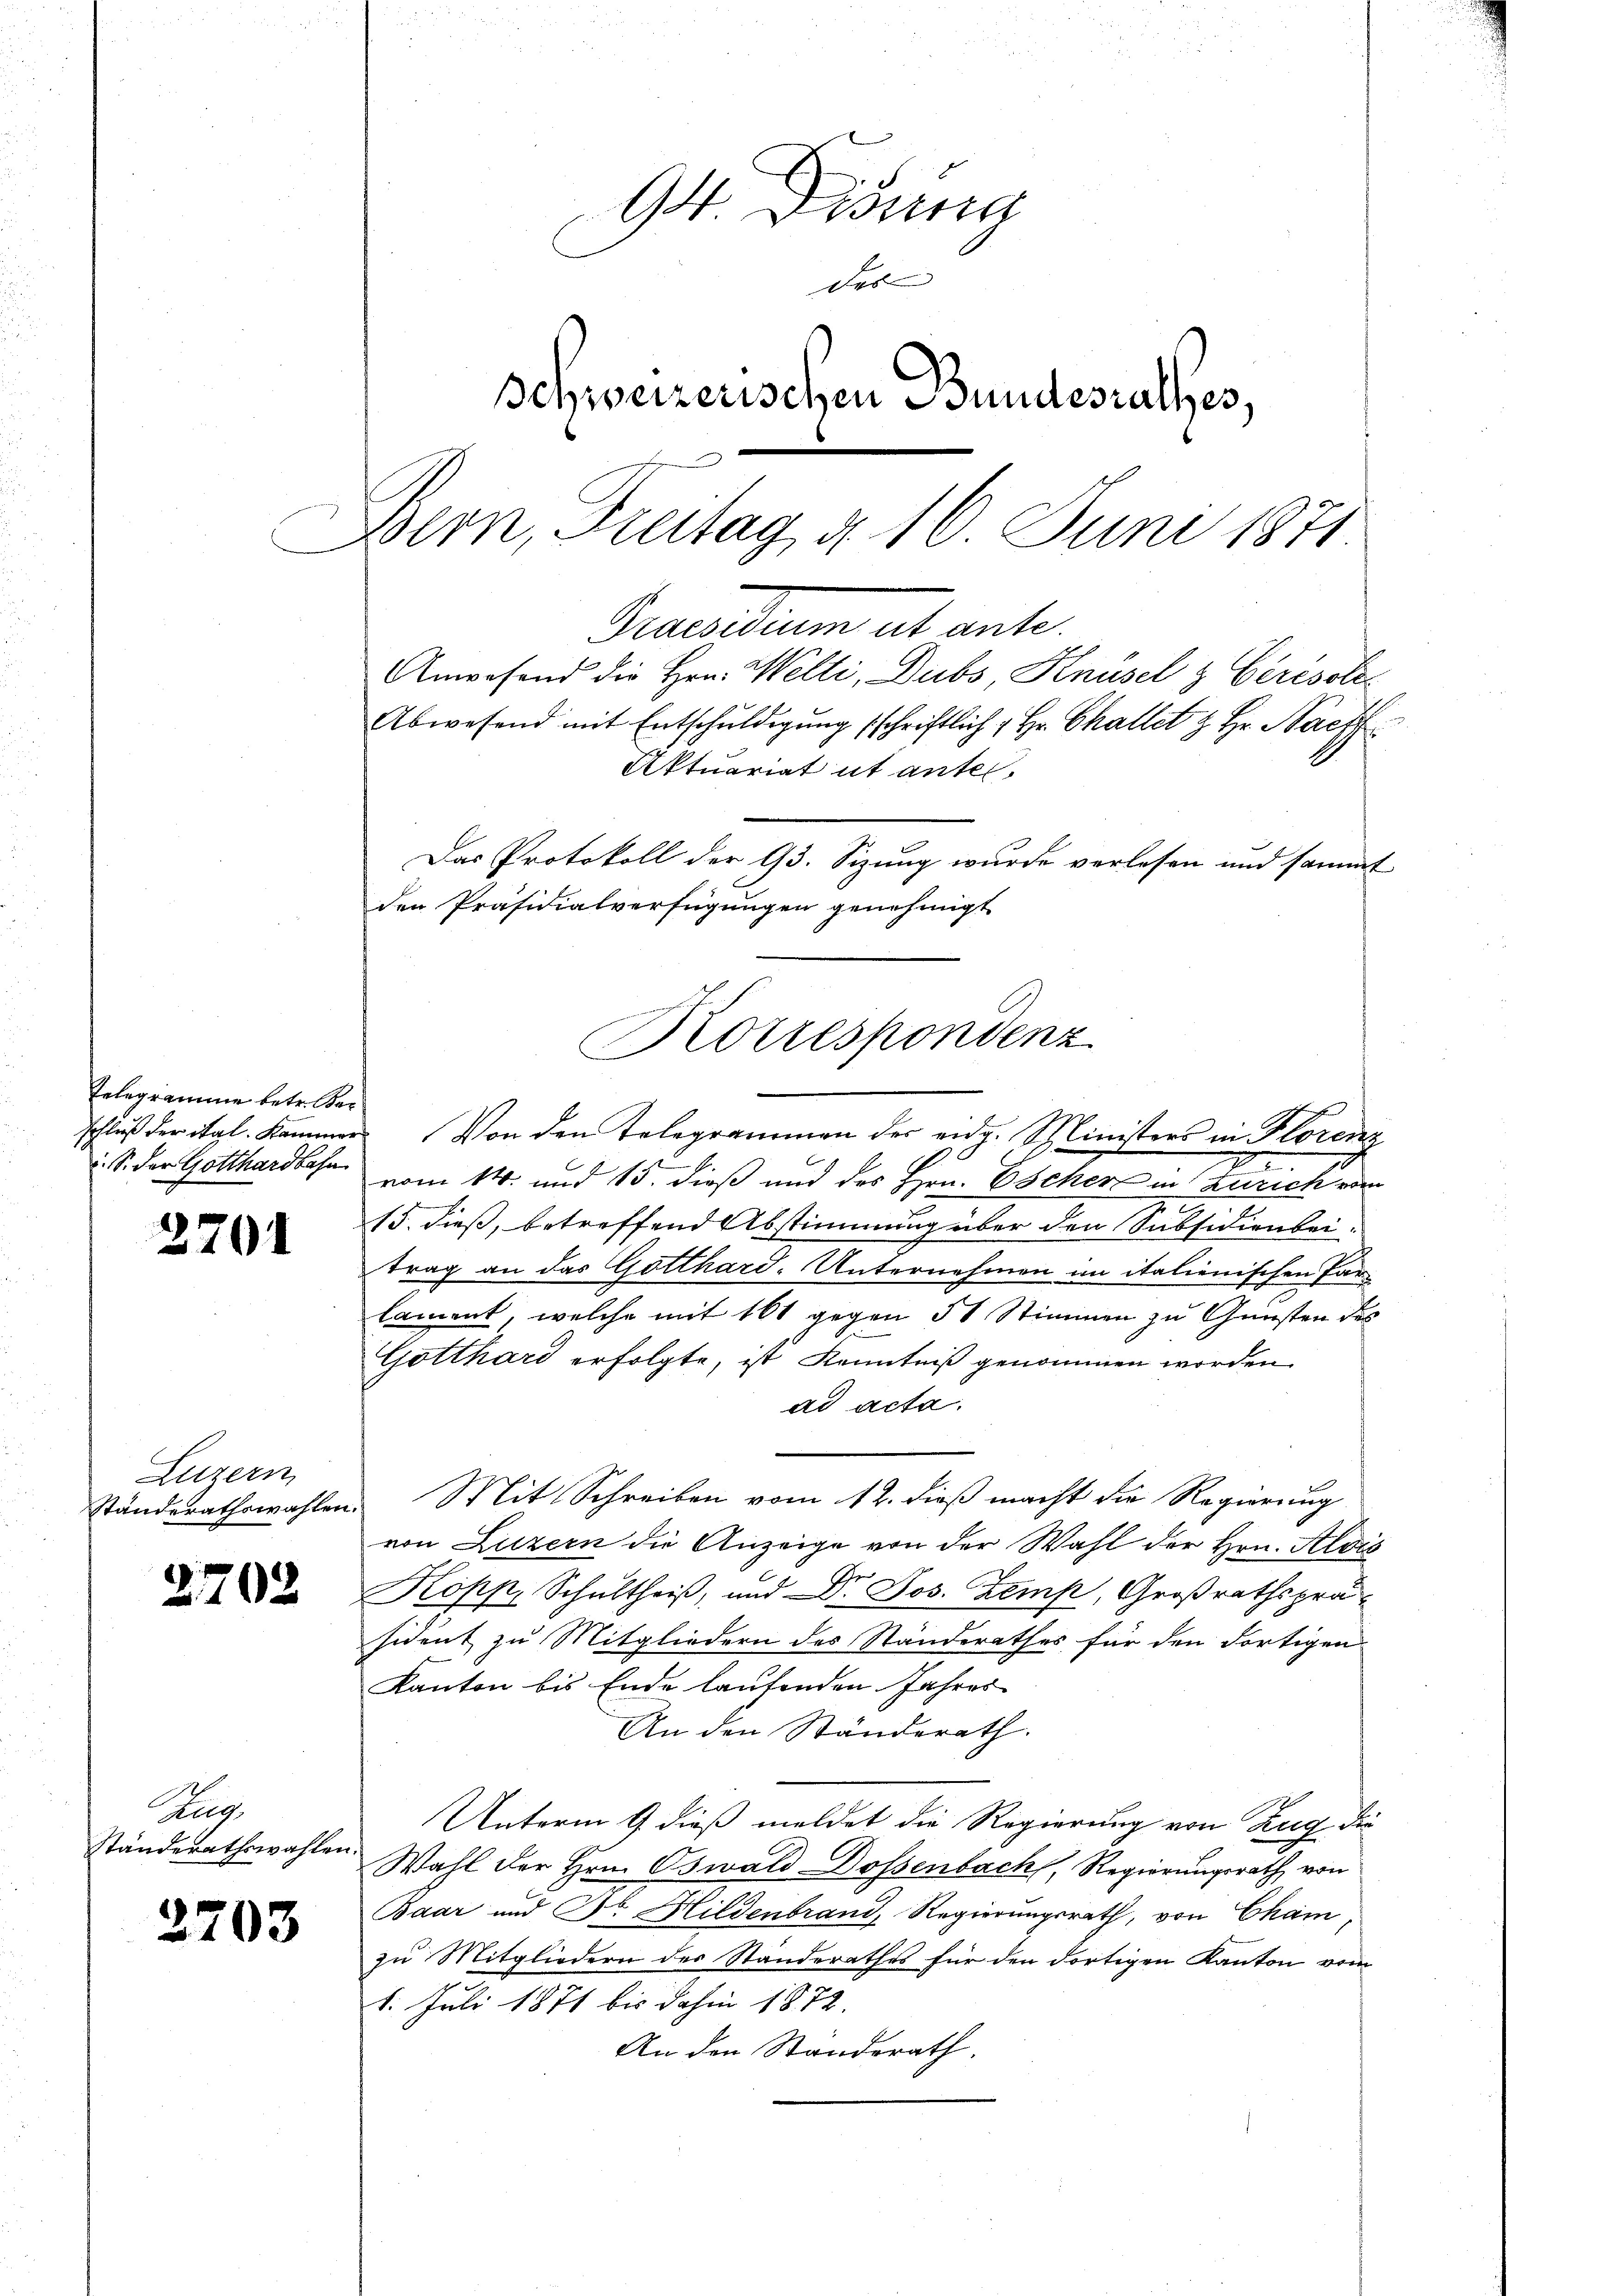
Telegramme betr. Ber
. S. der Gotthardbahn

2701

Luzern
Ständerathswahlen.

2702

Aug
Ständerathswahlen.

2703

94 Didung
das |
schweizerischen Bundesrathes.
Bern, Freitag d. 16. Juni 1871.

Abwesend mit Entschuldigung schriftlich, Hr. Challet z. Hr. Nach
Aktuariat ut antel.
Das Protokoll der 93. Sizung wurde verlesen und sammt
den Präsidialverfügungen genehmigt
Korrespondenz

Beantum et ante
Anwesend die Hrn. Welti, Dubs, Knüsel z Gérisole

schluß der ital. Kammen. Von den Telegrammen der eidg. Ministers in Florenz
vom 14. und 15. dieß und des Hrn. Escher in Zürich vom
15. dieß, betreffend Abstimmung über den Subsidionbeitrag an das Gotthard. Unternehmen im italienischen Par-
lament, welche mit 161 gegen 51 Stimmen zu Gunsten des
Gotthard erfolgte, ist Kenntniß genommen worden.
ad acta.
Mit Schreiben vom 12. dieß macht die Regierung
von Luzern die Anzeige von der Wahl der Hrn. Alois
Kopp, Schultheiß, und Dr. Jos. Zemp, Großrathspräsident zu Mitgliedern des Standerathes für den Fortigen
Kanton bis Ende laufenden Jahres
An den Ständerath.
Unterm 9. dieß meldet die Regierung von Zug die
Wahl der Hrn. Oswald-Dossenbach, Regierungsrath von
Baar und Dr. Hildenbrand, Regierungsrath, von Cham
zu Mitgliedern des Standerathes für den dortigen Kanton vom
1. Juli 1871 bis dahin 1872.
An den Standsrath.